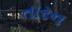
તારન